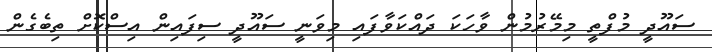
ސައޫދީ މުފްތީ މިމޭރުމުން ވާހަކަ ދައްކަވާފައި މިވަނީ ސައޫދީ ސިފައިން އިސްކޮށް ތިބެގެން